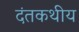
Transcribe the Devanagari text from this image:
दंतकथीय